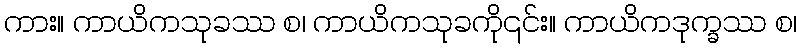
ကား။ ကာယိကသုခဿ စ၊ ကာယိကသုခကို၎င်း။ ကာယိကဒုက္ခဿ စ၊